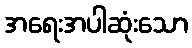
အရေးအပါဆုံးသော